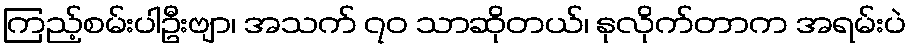
ကြည့်စမ်းပါဦးဗျာ၊ အသက် ၇၀ သာဆိုတယ်၊ နုလိုက်တာက အရမ်းပဲ